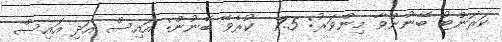
ކަރަންޓު ބޭނުންވާ މިންވަރު: 7.5  ކުރެވޭ ބޭނުން: އައިސް އަދި އައިސް